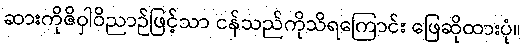
ဆားကိုဇိဝှါဝိညာဉ်ဖြင့်သာ ငန်သည်ကိုသိရကြောင်း ဖြေဆိုထားပုံ။